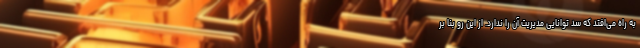
به راه می‌افتد که سد توانایی مدیریت آن را ندارد. از این رو بنا بر